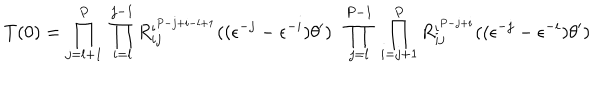
T ( 0 ) = \prod _ { j = l + 1 } ^ { P } \; \prod _ { i = l } ^ { j - 1 } R _ { i j } ^ { \iota ^ { P - j + i - l + 1 } } ( ( \epsilon ^ { - j } - \epsilon ^ { - i } ) \theta ^ { \prime } ) \; \; \prod _ { j = l } ^ { P - 1 } \; \prod _ { i = j + 1 } ^ { P } R _ { i j } ^ { \iota ^ { P - j + i } } ( ( \epsilon ^ { - j } - \epsilon ^ { - i } ) \theta ^ { \prime } )